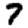
Digit: 7